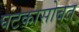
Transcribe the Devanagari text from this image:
घटकासोबत